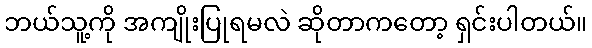
ဘယ်သူ့ကို အကျိုးပြုရမလဲ ဆိုတာကတော့ ရှင်းပါတယ်။